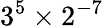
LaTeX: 3^{5}\times 2^{-7}